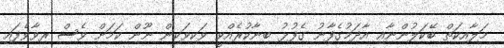
މަލާއިކަތް ބޭކަލުންނާއި އާދަމުގެފާނު ގެފުޅު ބިނާކުރެއްވީ ވަކިވަކިން ނޫން ކަމަށް ވެސް ރިވާވެފައި